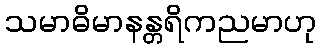
သမာဓိမာနန္တရိကညမာဟု